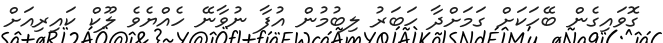
ގޮވައިގެން ބޭހަކަށް ގަމަށްދާ ހަބަރު ލިބުމުން އުފާ ނުވާނޭ ހެއްޔެވެ ލޫކް ކައިރިއަށް